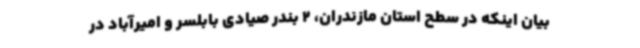
بیان اینکه در سطح استان مازندران، 2 بندر صیادی بابلسر و امیرآباد در